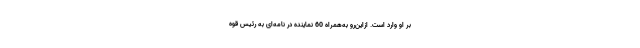
بر او وارد است. از‌این‌رو به‌همراه 60 نماینده در نامه‌ای به رئیس قوه